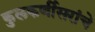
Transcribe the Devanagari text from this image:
कुलकर्णीसरांचे